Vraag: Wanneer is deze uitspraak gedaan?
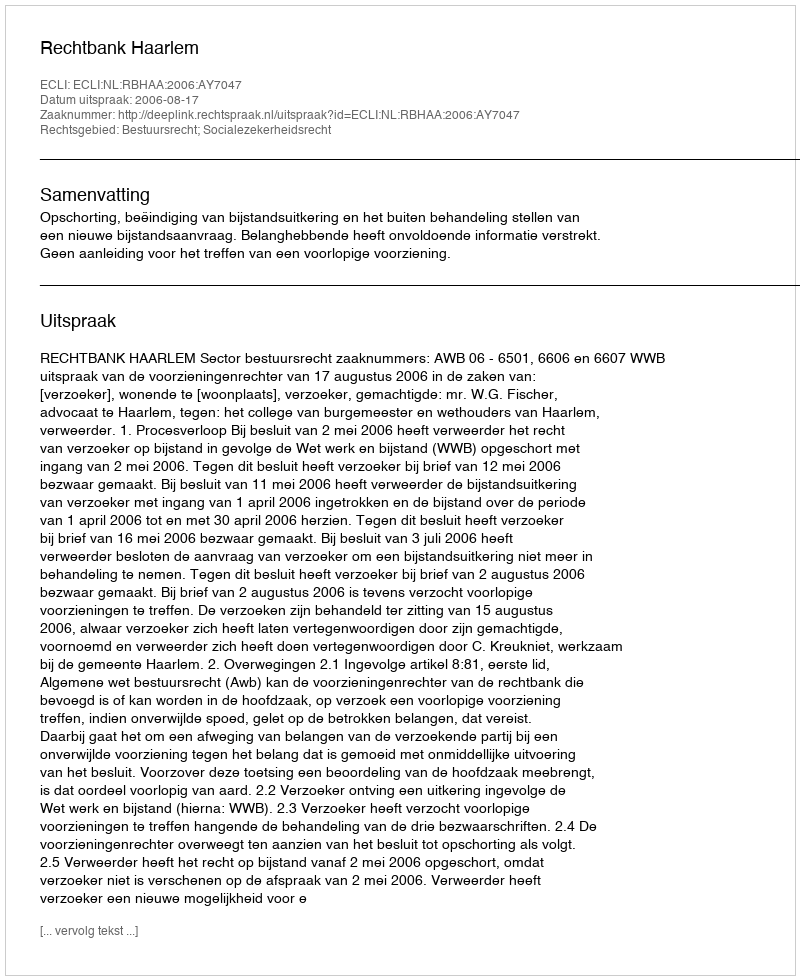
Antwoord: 2006-08-17